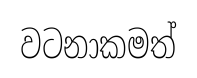
වටනාකමත්